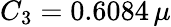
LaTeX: C_{3}=0.6084\, \mu